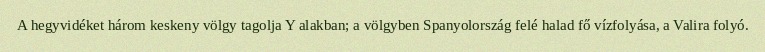
A hegyvidéket három keskeny völgy tagolja Y alakban; a völgyben Spanyolország felé halad fő vízfolyása, a Valira folyó.